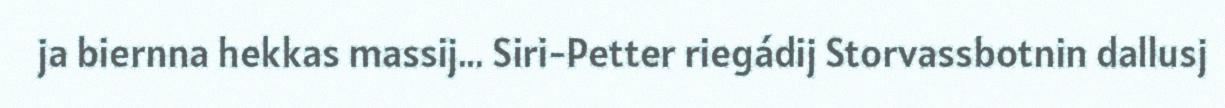
ja biernna hekkas massij... Siri-Petter riegádij Storvassbotnin dallusj